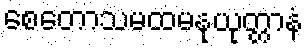
စေတောသမထမနုယုတ္တာနံ